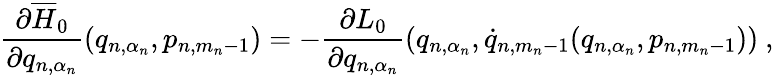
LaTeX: \frac{\partial\overline{{{H}}}_{0}}{\partial q_{n,\alpha_{n}}}\left(q_{n,\alpha_{n}},p_{n,m_{n}-1}\right)=-\frac{\partial L_{0}}{\partial q_{n,\alpha_{n}}}\left(q_{n,\alpha_{n}},\dot{q}_{n,m_{n}-1}(q_{n,\alpha_{n}},p_{n,m_{n}-1})\right)\ ,